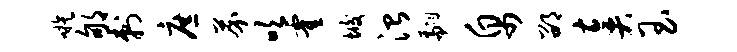
嗾郇刺庶芥吹霍垢治翩帛邵奏玉